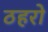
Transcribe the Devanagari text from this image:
ठहरो